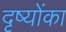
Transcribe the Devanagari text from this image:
दृष्योंका